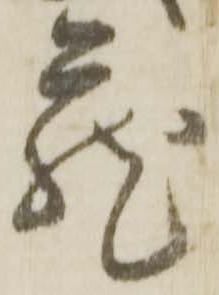
蔵